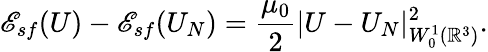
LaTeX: {\mathscr E}_{sf}(U)-{\mathscr E}_{sf}(U_{N})=\frac{\mu_{0}}{2}|U-U_{N}|_{W_{0}^{1}({\mathbb R}^{3})}^{2}.